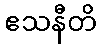
ဧသနီတိ